Lunatic asylums in Bengal annual reports 1912-1924 - 1912-1924
Year: 1912
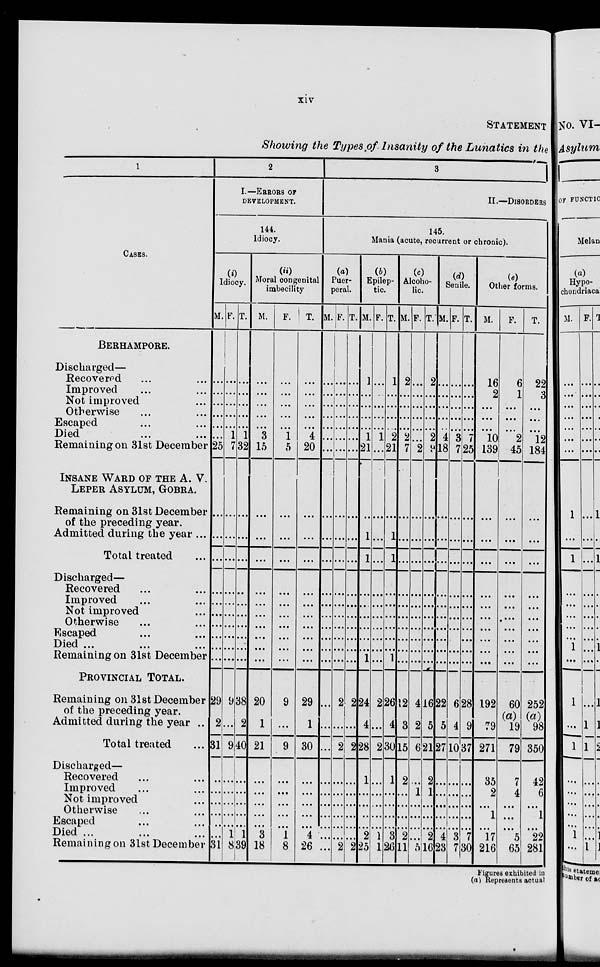
xiv
STATEMENT
Showing the Types of Insanity of the Lunatics in the
1
CASES.
BERHAMPORE.
Discharged—
Recovered ... ...
Improved ... ...
Not improved ...
Otherwise ... ...
Escaped ... ...
Died ... ...
Remaining on 31st December
INSANE WARD OF THE A. V.
LEPER ASYLUM, GOBRA.
Remaining on 31st December
of the preceding year.
Admitted during the year ...
Total treated ...
Discharged—
Recovered ... ...
Improved ... ...
Not improved ...
Otherwise ... ...
Escaped ... ...
Died ... ... ...
Remaining on 31st December
PROVINCIAL TOTAL.
Remaining on 31st December
of the preceding year.
Admitted during the year ...
Total treated ...
Discharged—
Recovered ... ...
Improved ... ...
Not improved ...
Otherwise ... ...
Escaped ... ...
Died ... ... ...
Remaining on 3lst December
2
I.—ERRORS OF
DEVELOPMENT.
144.
Idiocy.
(i)
Idiocy.
M.
...
...
...
...
...
...
25
...
...
...
...
...
...
...
...
...
...
29
2
31
...
...
...
...
...
...
31
F.
...
...
...
...
...
1
7
...
...
...
...
...
...
...
...
...
...
9
...
9
...
...
...
...
...
1
8
T.
...
...
...
...
...
1
32
...
...
...
...
...
...
...
...
...
...
38
2
40
...
...
...
...
...
1
39
(ii)
Moral congenital
imbecility
M.
...
...
...
...
...
3
15
...
...
...
...
...
...
...
...
...
...
20
1
21
...
...
...
...
...
3
18
F.
...
...
...
...
...
1
5
...
...
...
...
...
...
...
...
...
...
9
...
9
...
...
...
...
...
1
8
T.
...
...
...
...
...
4
20
...
...
...
...
...
...
...
...
...
...
29
1
30
...
...
...
...
...
4
26
3
II.—DISORDERS
145.
Mania (acute, recurrent or chronic).
(a)
Puer-
peral.
M.
...
...
...
...
...
...
...
...
...
...
...
...
...
...
...
...
...
...
...
...
...
...
...
...
...
...
...
F.
...
...
...
...
...
...
...
...
...
...
...
...
...
...
...
...
...
2
...
2
...
...
...
...
...
...
2
T.
...
...
...
...
...
...
...
...
...
...
...
...
...
...
...
...
...
2
...
2
...
...
...
...
...
...
2
(b)
Epilep-
tic.
M.
1
...
...
...
...
1
21
...
1
1
...
...
...
...
...
...
1
24
4
28
1
...
...
...
...
2
25
F.
...
...
...
...
...
1
...
...
...
...
...
...
...
...
...
...
...
2
...
2
...
...
...
...
...
1
1
T.
1
...
...
...
...
2
21
...
1
1
...
...
...
...
...
...
1
26
4
30
1
...
...
...
...
3
26
(c)
Alcoho-
lic.
M.
2
...
...
...
...
2
7
...
...
...
...
...
...
...
...
...
...
12
3
15
2
...
...
...
...
2
11
F.
...
...
...
...
...
...
2
...
...
...
...
...
...
...
...
...
...
4
2
6
...
1
...
...
...
...
5
T.
2
...
...
...
...
2
9
...
...
...
...
...
...
...
...
...
...
16
5
21
2
1
...
...
...
2
16
(d)
Senile.
M.
...
...
...
...
...
4
18
...
...
...
...
...
...
...
...
...
...
22
5
27
...
...
...
...
...
4
23
F.
...
...
...
...
...
3
7
...
...
...
...
...
...
...
...
...
...
6
4
10
...
...
...
...
...
3
7
T.
...
...
...
...
...
7
25
...
...
...
...
...
...
...
...
...
...
28
9
37
...
...
...
...
...
7
30
(e)
Other forms.
M.
16
2
...
...
...
10
139
...
...
...
...
...
...
...
...
...
...
192
79
271
35
2
...
1
...
17
216
F.
6
1
...
...
...
2
45
...
...
...
...
...
...
...
...
.....
...
60
(a)
19
79
7
4
...
...
...
5
65
T.
22
3
...
...
...
12
184
...
...
...
...
...
...
...
...
...
...
252
(a)
98
350
42
6
...
1
...
22
281
Figures exhibited in
(a) Represents actual